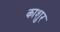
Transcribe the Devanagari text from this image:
काशुर